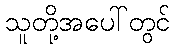
သူတို့အပေါ်တွင်